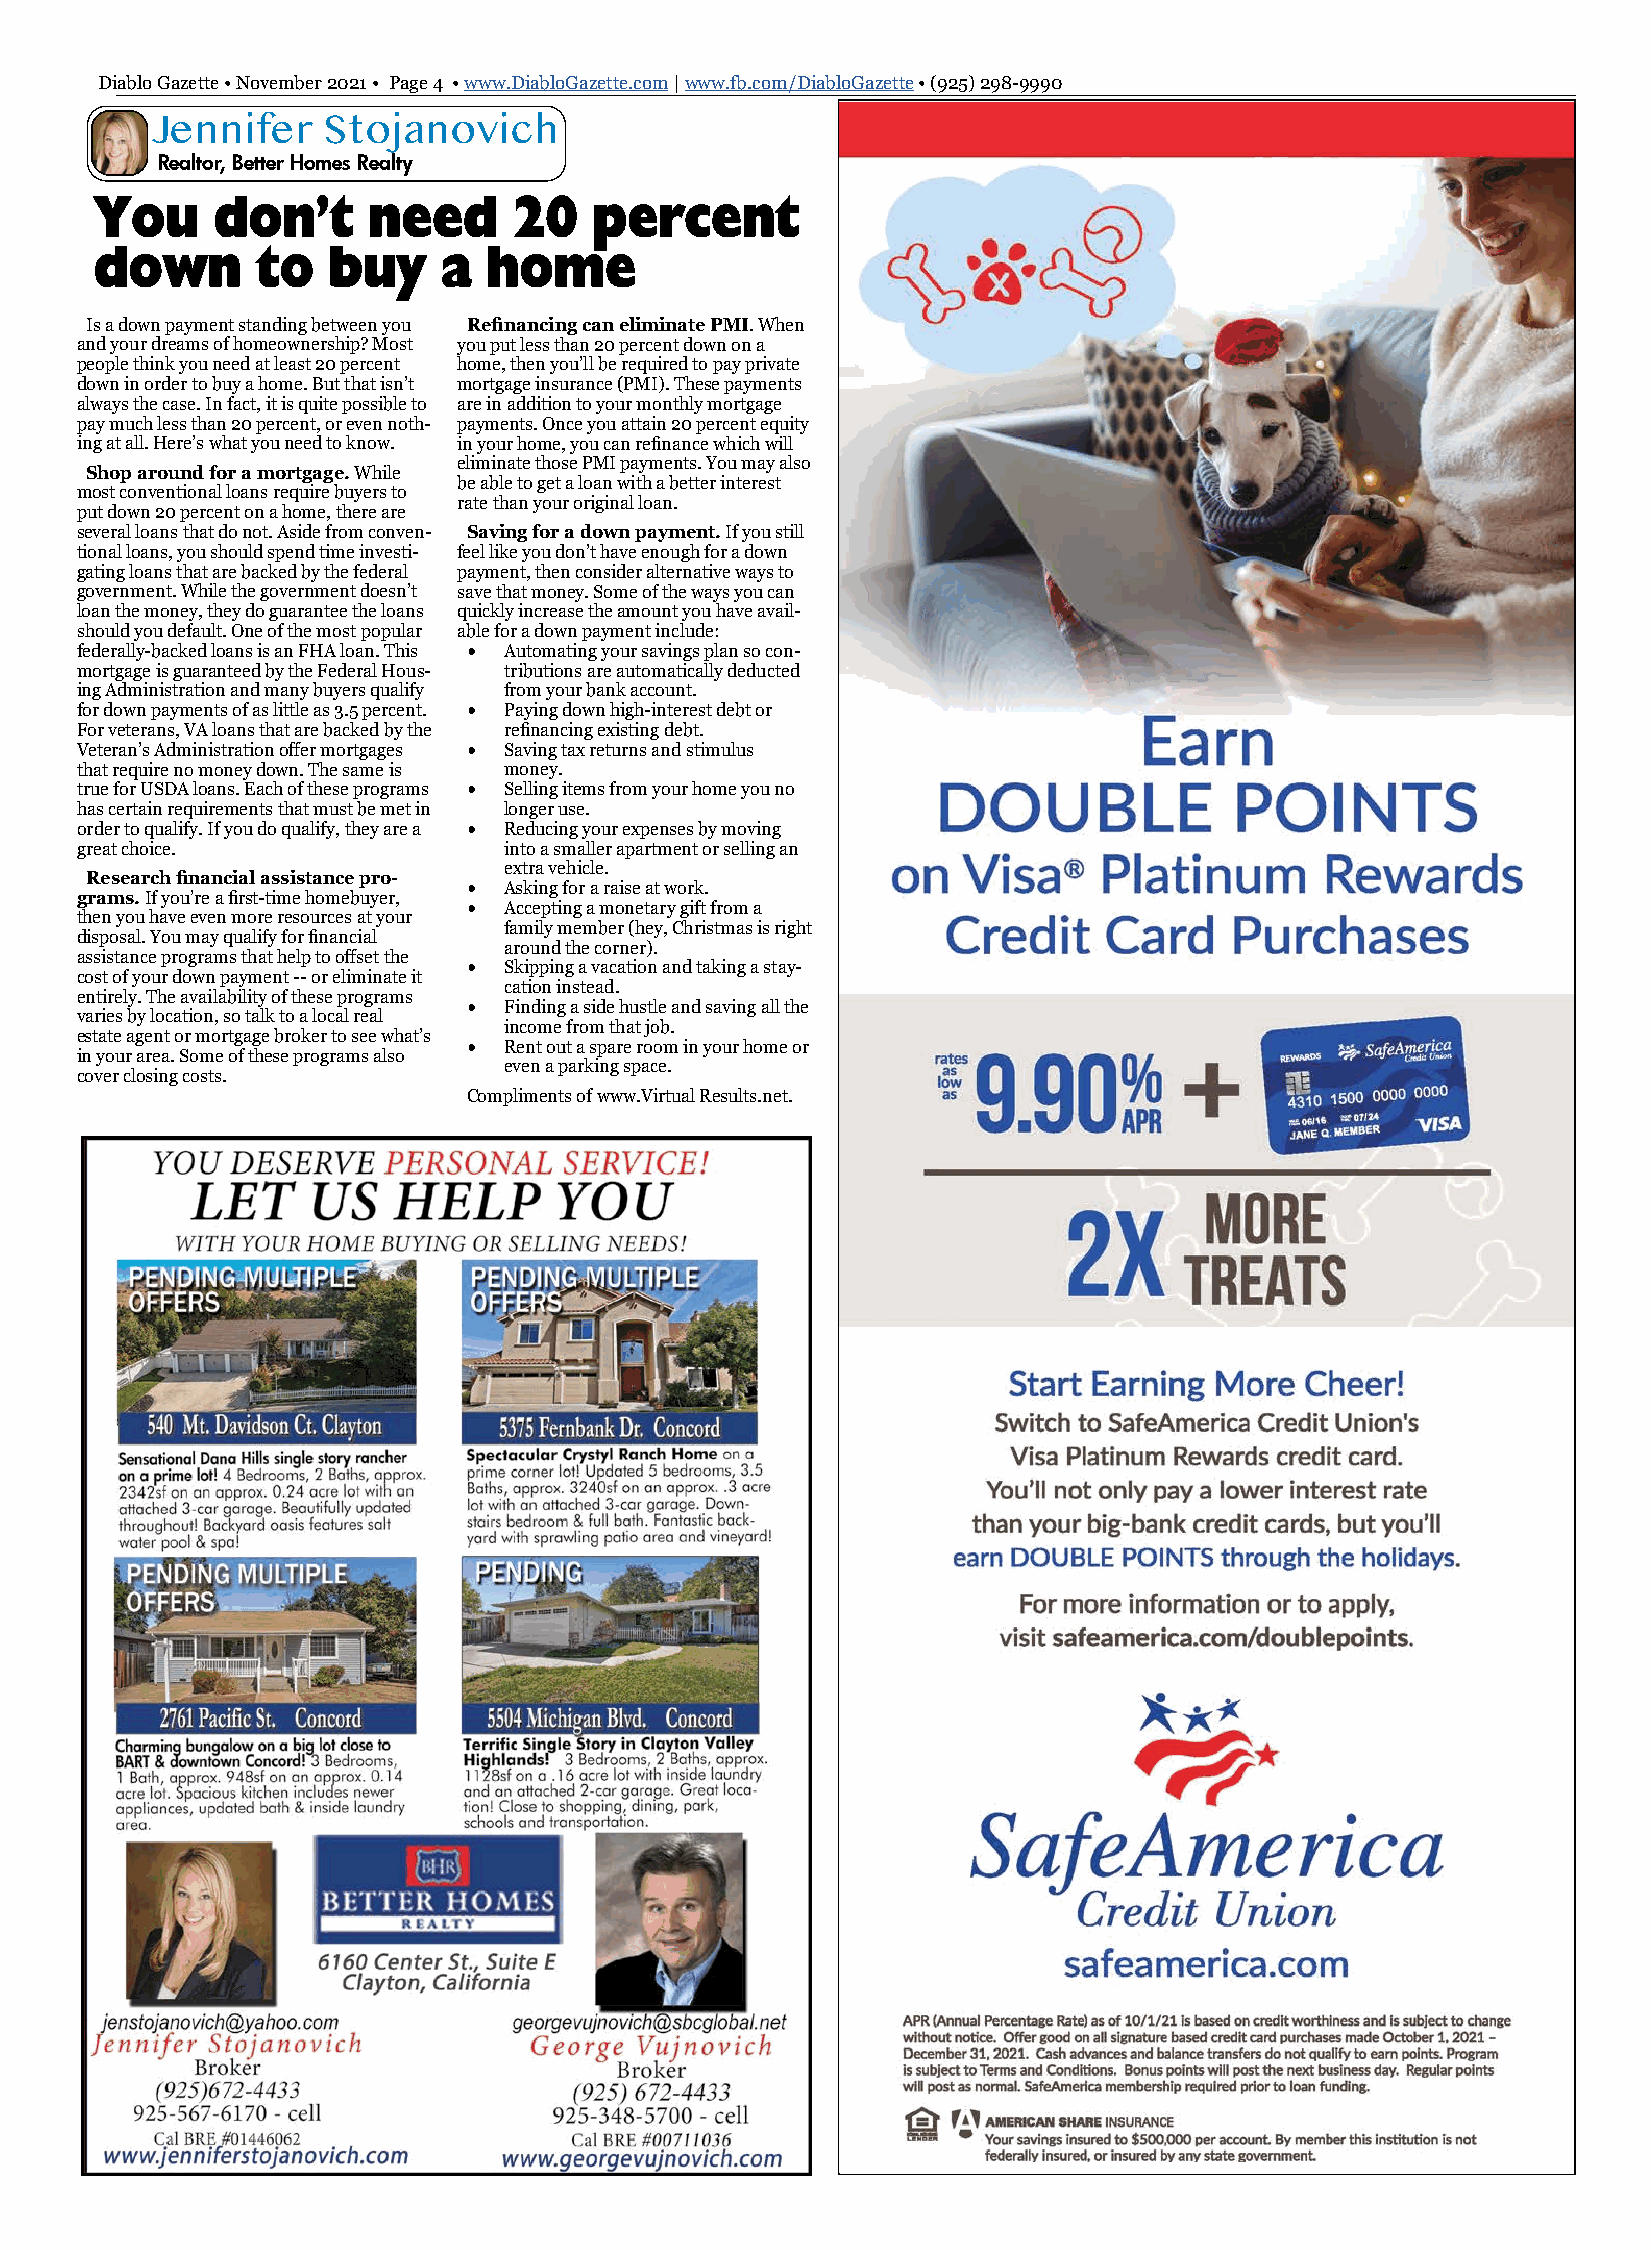
Diablo Gazette • November 2021 • Page 4 • www.DiabloGazette.com | www.fb.com/DiabloGazette • (925) 298-9990
 Jennifer   Stojanovich
 Realtor, Better Homes Realty
 You     don’t     need      20   percent
 down       to   buy    a  home
 Is a down payment standing between you Refinancing can eliminate PMI. When
 and your dreams of homeownership? Most you put less than 20 percent down on a
 people think you need at least 20 percent home, then you’ll be required to pay private
 down in order to buy a home. But that isn’t mortgage insurance (PMI). These payments
 always the case. In fact, it is quite possible to are in addition to your monthly mortgage
 pay much less than 20 percent, or even noth- payments. Once you attain 20 percent equity
 ing at all. Here’s what you need to know. in your home, you can refinance which will
 eliminate those PMI payments. You may also
 Shop around for a mortgage. While
 be able to get a loan with a better interest
 most conventional loans require buyers to
 rate than your original loan.
 put down 20 percent on a home, there are
 several loans that do not. Aside from conven- Saving for a down payment. If you still
 tional loans, you should spend time investi- feel like you don’t have enough for a down
 gating loans that are backed by the federal payment, then consider alternative ways to
 government. While the government doesn’t save that money. Some of the ways you can
 loan the money, they do guarantee the loans quickly increase the amount you have avail-
 should you default. One of the most popular able for a down payment include:
 federally-backed loans is an FHA loan. This • Automating your savings plan so con-
 mortgage is guaranteed by the Federal Hous- tributions are automatically deducted
 ing Administration and many buyers qualify from your bank account.
 for down payments of as little as 3.5 percent. • Paying down high-interest debt or
 For veterans, VA loans that are backed by the refinancing existing debt.
 Veteran’s Administration offer mortgages • Saving tax returns and stimulus
 that require no money down. The same is money.
 true for USDA loans. Each of these programs • Selling items from your home you no
 has certain requirements that must be met in longer use.
 order to qualify. If you do qualify, they are a • Reducing your expenses by moving
 great choice.               into a smaller apartment or selling an
 extra vehicle.
 Research financial assistance pro-
 • Asking for a raise at work.
 grams. If you’re a first-time homebuyer,
 • Accepting a monetary gift from a
 then you have even more resources at your
 family member (hey, Christmas is right
 disposal. You may qualify for financial
 around the corner).
 assistance programs that help to offset the
 • Skipping a vacation and taking a stay-
 cost of your down payment -- or eliminate it
 cation instead.
 entirely. The availability of these programs
 • Finding a side hustle and saving all the
 varies by location, so talk to a local real
 income from that job.
 estate agent or mortgage broker to see what’s
 • Rent out a spare room in your home or
 in your area. Some of these programs also
 even a parking space.
 cover closing costs.
 Compliments of www.Virtual Results.net.